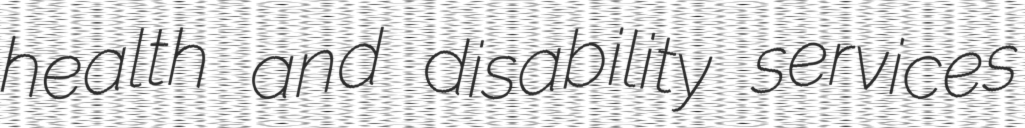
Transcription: health and disability services